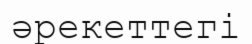
әрекеттегі